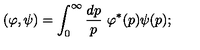
( \varphi , \psi ) = \int _ { 0 } ^ { \infty } \frac { d p } { p } \ \varphi ^ { * } ( p ) \psi ( p ) ;